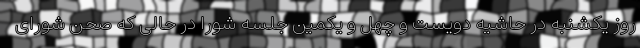
روز یکشنبه در حاشیه دویست و چهل و یکمین جلسه شورا در حالی که صحن شورای